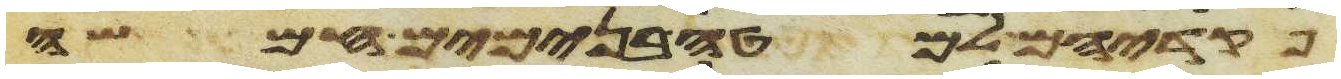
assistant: פקדיהם למטה בנימים חמשה